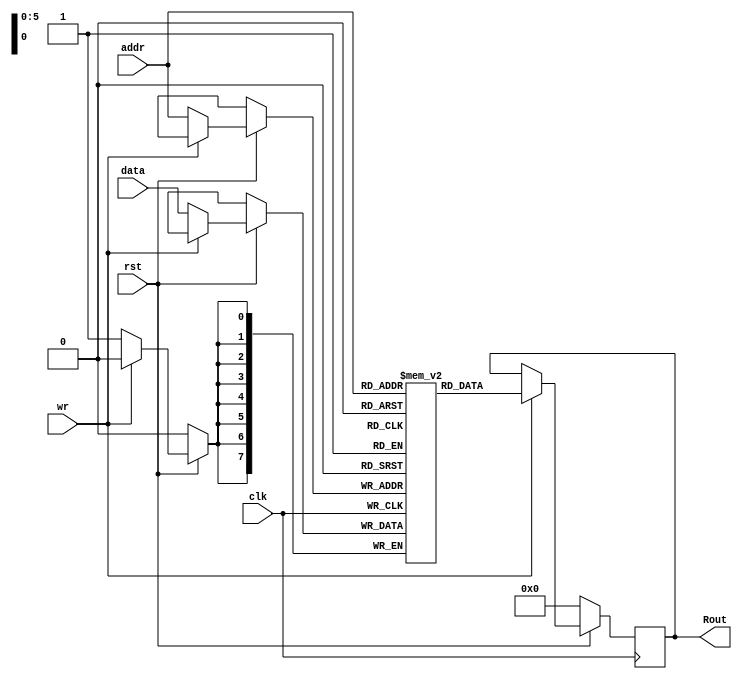
`timescale 1ns / 1ps


module SRAM #(parameter addr_width = 6, data_width=8, depth=64)
( input clk,rst,wr,
 input [addr_width-1:0] addr,
 input [data_width-1:0] data,
 output reg [data_width-1:0] Rout
    );
  
  reg [data_width-1:0] mem [0:depth-1];
  always@(posedge clk)
  begin
  if(rst==0)
  Rout<=0;
  else if(wr==0) 
  begin
 mem[addr]<=data;
 end
  else begin
  Rout<=mem[addr];
  end
  end
endmodule